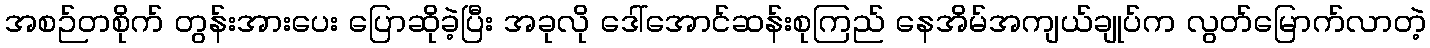
အစဉ်တစိုက် တွန်းအားပေး ပြောဆိုခဲ့ပြီး အခုလို ဒေါ်အောင်ဆန်းစုကြည် နေအိမ်အကျယ်ချုပ်က လွတ်မြောက်လာတဲ့